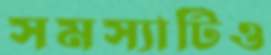
সমস্যাটিও